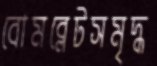
বোমব্লেটসমৃদ্ধ